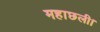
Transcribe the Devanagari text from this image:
महाछली।